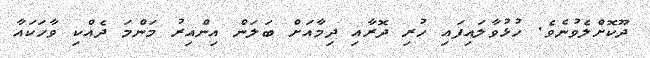
ދޫކޮށްލެވުނެވެ. ހުޅުވާލައިފައި ހުރި ދޮރާއި ދިމާއަށް ބަލަން އިންއިރު މަންމަ ދެއްކި ވާހަކައާ